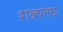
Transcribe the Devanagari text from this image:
शक्यतेचा